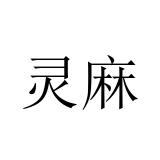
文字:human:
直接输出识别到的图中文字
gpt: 灵麻